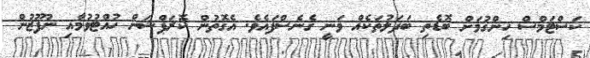
ކަސްޓަމްސް ހިންގުމަށް ބޮޑެތި ބަދަލުތަކެއް ވަނީ ގެނެސްފައެވެ. އެގޮތުން ކޮރަޕްޝަން ހުއްޓުވުމާއި ނުފޫޒުން